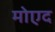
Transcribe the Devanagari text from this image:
मोएद